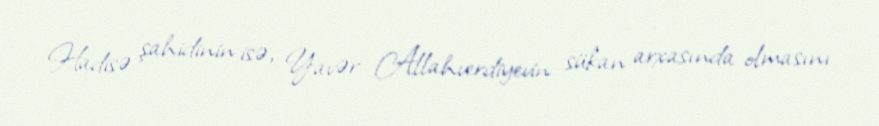
Hadisə şahidinin isə, Yavər Allahverdiyevin sükan arxasında olmasını